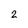
Character: 2